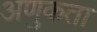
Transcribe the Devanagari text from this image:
अणुकता